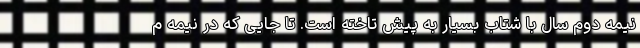
نیمه دوم سال با شتاب بسیار به پیش تاخته است. تا جایی که در نیمه م